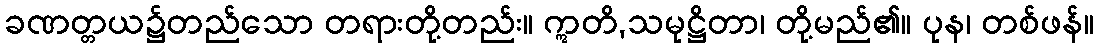
ခဏတ္တယ၌တည်သော တရားတို့တည်း။ ဣတိ,သမုဋ္ဌိတာ၊ တို့မည်၏။ ပုန၊ တစ်ဖန်။